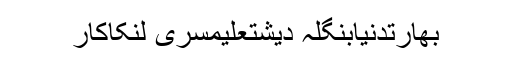
بھارتدنیابنگلہ دیشتعلیمسری لنکاکار